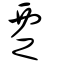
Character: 覂